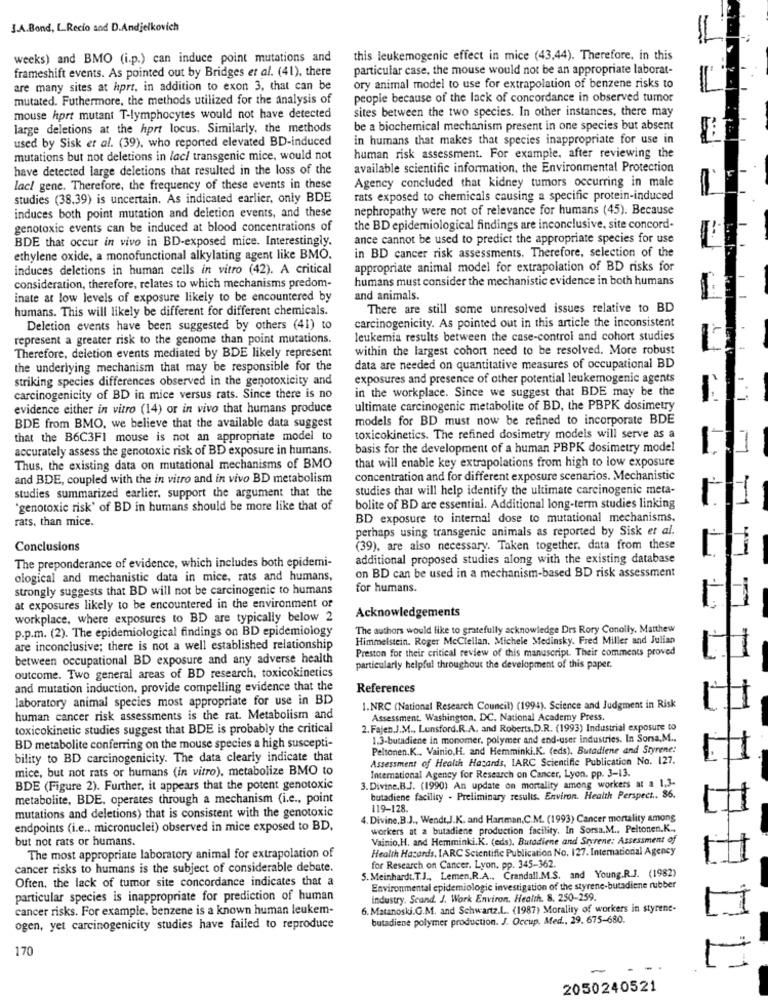
J.A.Bond, L.Recio and D.Andjelkovich
weeks) and BMO (i.p.) can induce point mutations and
this leukemogenic effect in mice (43,44). Therefore. in this
frameshift events. As pointed out by Bridges et al. (41), there
particular case, the mouse would not be an appropriate laborat-
are many sites at hprt, in addition to exon 3, that can be
ory animal model to use for extrapolation of benzene risks to
mutated. Futhermore, the methods utilized for the analysis of
people because of the lack of concordance in observed tumor
sites between the two species. In other instances, there may
mouse hprt mutant T-lymphocytes would not have detected
large deletions at the hort locus. Similarly, the methods
be a biochemical mechanism present in one species but absent
used by Sisk et al. (39), who reported elevated BD-induced
in humans that makes that species inappropriate for use in
mutations but not deletions in lac/ transgenic mice, would not
human risk assessment. For example, after reviewing the
have detected large deletions that resulted in the loss of the
available scientific information, the Environmental Protection
Agency concluded that kidney tumors occurring in male
laci gene. Therefore, the frequency of these events in these
studies (38,39) is uncertain. As indicated earlier, only BDE
rats exposed to chemicals causing a specific protein-induced
induces both point mutation and deletion events, and these
nephropathy were not of relevance for humans (45). Because
genotoxic events can be induced at blood concentrations of
the BD epidemiological findings are inconclusive, site concord-
BDE that occur in vivo in BD-exposed mice. Interestingly.
ance cannot be used to predict the appropriate species for use
in BD cancer risk assessments. Therefore, selection of the
ethylene oxide, a monofunctional alkylating agent like BMO.
induces deletions in human cells in vitro (42). A critical
appropriate animal model for extrapolation of BD risks for
humans must consider the mechanistic evidence in both humans
consideration, therefore, relates to which mechanisms predom-
inate at low levels of exposure likely to be encountered by
and animals.
humans. This will likely be different for different chemicals.
There are still some unresolved issues relative to BD
carcinogenicity. As pointed out in this article the inconsistent
Deletion events have been suggested by others (41) to
represent a greater risk to the genome than point mutations.
leukemia results between the case-control and cohort studies
Therefore, deletion events mediated by BDE likely represent
within the largest cohort need to be resolved. More robust
the underlying mechanism that may be responsible for the
data are needed on quantitative measures of occupational BD
striking species differences observed in the genotoxicity and
exposures and presence of other potential leukemogenic agents
in the workplace. Since we suggest that BDE may be the
carcinogenicity of BD in mice versus rats. Since there is no
evidence either in vitro (14) or in vivo that humans produce
ultimate carcinogenic metabolite of BD, the PBPK dosimetry
models for BD must now be refined to incorporate BDE
BDE from BMO, we believe that the available data suggest
that the B6C3FI mouse is not an appropriate model to
toxicokinetics. The refined dosimetry models will serve as a
accurately assess the genotoxic risk of BD exposure in humans.
basis for the development of a human PBPK dosimetry model
that will enable key extrapolations from high to low exposure
Thus, the existing data on mutational mechanisms of BMO
and BDE, coupled with the in vitro and in vivo BD metabolism
concentration and for different exposure scenarios. Mechanistic
studies summarized earlier. support the argument that the
studies that will help identify the ultimate carcinogenic meta-
"genotoxic risk' of BD in humans should be more like that of
bolite of BD are essential. Additional long-term studies linking
rats, than mice.
BD exposure to internal dose to mutational mechanisms.
perhaps using transgenic animals as reported by Sisk et al.
Conclusions
(39), are also necessary. Taken together. data from these
additional proposed studies along with the existing database
The preponderance of evidence, which includes both epidemi-
on BD can be used in a mechanism-based BD risk assessment
ological and mechanistic data in mice, rats and humans,
strongly suggests that BD will not be carcinogenic to humans
for humans.
at exposures likely to be encountered in the environment of
workplace, where exposures to BD are typically below 2
Acknowledgements
p.p.m. (2). The epidemiological findings on BD epidemiology
The authors would like to gratefully acknowledge Drs Rory Conolly. Matthew
Himmelstein. Roger Mcclellan. Michele Medinsky. Fred Miller and Julian
are inconclusive; there is not a well established relationship
Preston for their critical review of this manuscript. Their comments proved
between occupational BD exposure and any adverse health
particularly helpful throughout the development of this paper.
outcome. Two general areas of BD research, toxicokinetics
and mutation induction, provide compelling evidence that the
References
laboratory animal species most appropriate for use in BD
1.NRC (National Research Council) (1994). Science and Judgment in Risk
1
human cancer risk assessments is the rat. Metabolism and
Assessment. Washington, DC. National Academy Press.
toxicokinetic studies suggest that BDE is probably the critical
2. Fajen.J.M ., Lunsford.R.A. and Roberts,D.R. (1993) Industrial exposure to
1.3-butadiene in monomer. polymer and end-user industries. In Sorsa, M ..
BD metabolite conferring on the mouse species a high suscepti-
Peltonen.K ., Vainio,H. and Hemminki,K. (eds). Butadiene and Styrene:
bility to BD carcinogenicity. The data clearly indicate that
Assessment of Health Hacards, IARC Scientific Publication No. 127.
mice, but not rats or humans (in vitro), metabolize BMO to
International Agency for Research on Cancer, Lyon. pp. 3-13.
BDE (Figure 2). Further, it appears that the potent genotoxic
3. Divine.B.J. (1990) An update on mortality among workers at a 1,3-
metabolite, BDE, operates through a mechanism (i.e ., point
butadiene facility - Preliminary results. Environ. Health Perspect .. 86.
mutations and deletions) that is consistent with the genotoxic
119-128.
1
4. Divine,B.J ., Wendt,J.K. and Hartman.C.M. (1993) Cancer mortality among
endpoints (i.e ., micronuclei) observed in mice exposed to BD,
workers at a butadiene production facility. In Sorsa. M ., Peltonen.K .,
but not rats or humans.
Vainio,H. and Hemminki.K. (eds), Butadiene and Sryrene: Assessment of
Health Hasards, IARC Scientific Publication No. 127. International Agency
The most appropriate laboratory animal for extrapolation of
cancer risks to humans is the subject of considerable debate.
for Research on Cancer. Lyon. pp. 345-362.
Often, the lack of tumor site concordance indicates that a
5. Meinhardt.T.J ., Lemen.R.A .. Crandall.M.S. and Young.R.J. (1982)
Environmental epidemiologic investigation of the styrene-butadiene rubber
particular species is inappropriate for prediction of human
industry. Scand. J. Work Environ. Health. 8. 250-259
cancer risks. For example, benzene is a known human leukem-
6. Matanoski.G.M. and Schwartz.L .. (1987) Morality of workers in styrene-
butadiene polymer production. J. Occup. Med ., 29. 675-680.
ogen, yet carcinogenicity studies have failed to reproduce
170
-
2050240521